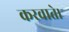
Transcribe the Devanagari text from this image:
करवाते।